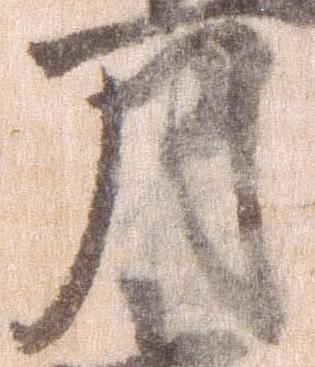
月